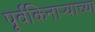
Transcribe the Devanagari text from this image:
पूर्वकिनाऱ्याच्या